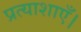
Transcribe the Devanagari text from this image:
प्रत्याशाएँ।